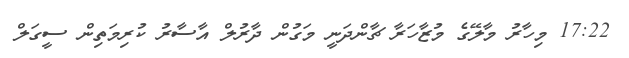
17:22 މިހާރު މާލޭގެ މުޒާހަރާ ޗާންދަނީ މަގުން ދާރުލް އާސާރު ކުރިމަތިން ސީގަލް